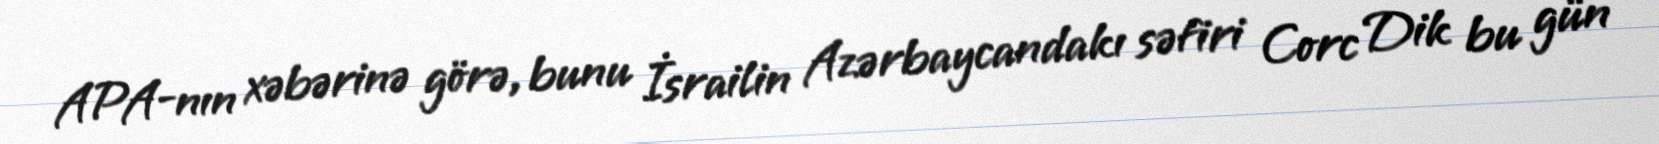
APA-nın xəbərinə görə, bunu İsrailin Azərbaycandakı səfiri Corc Dik bu gün